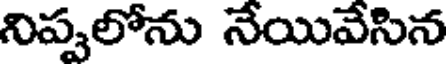
నిప్పలోను నేయివేసిన